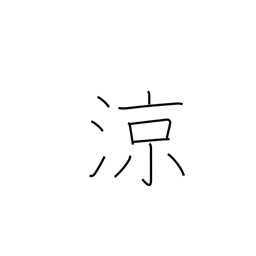
Meaning: refreshing